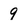
Character: 9